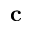
\mathbf { c }